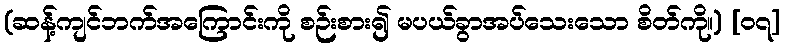
(ဆန့်ကျင်ဘက်အကြောင်းကို စဉ်းစား၍ မပယ်ခွာအပ်သေးသော စိတ်ကို။) [၀၇]